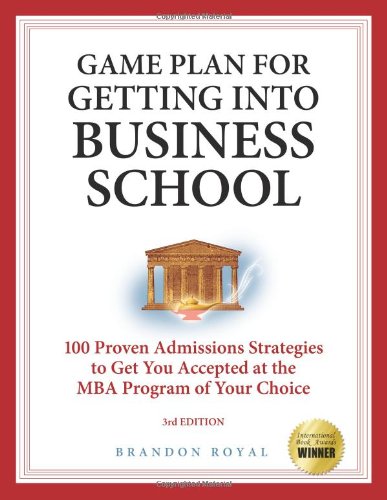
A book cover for Secrets to Getting into Business School: 100 Proven Admissions Strategies to Get You Accepted at the MBA Program of Your Dreams; Brandon Royal; Education & Teaching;